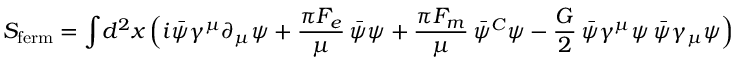
S _ { \mathrm { f e r m } } = \int \! d ^ { 2 } x \, \Bigl ( i \bar { \psi } \gamma ^ { \mu } \partial _ { \mu } \psi + { \frac { \pi F _ { e } } { \mu } } \, \bar { \psi } \psi + { \frac { \pi F _ { m } } { \mu } } \, \bar { \psi } ^ { C } \psi - { \frac { G } { 2 } } \, \bar { \psi } \gamma ^ { \mu } \psi \, \bar { \psi } \gamma _ { \mu } \psi \Bigr )